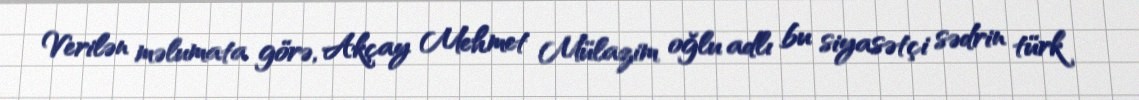
Verilən məlumata görə, Akçay Mehmet Mülazim oğlu adlı bu siyasətçi sədrin türk